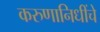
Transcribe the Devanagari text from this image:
करुणानिधींचे